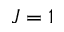
J = 1